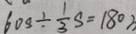
6 0 S \div \frac { 1 } { 3 } S = 1 8 0